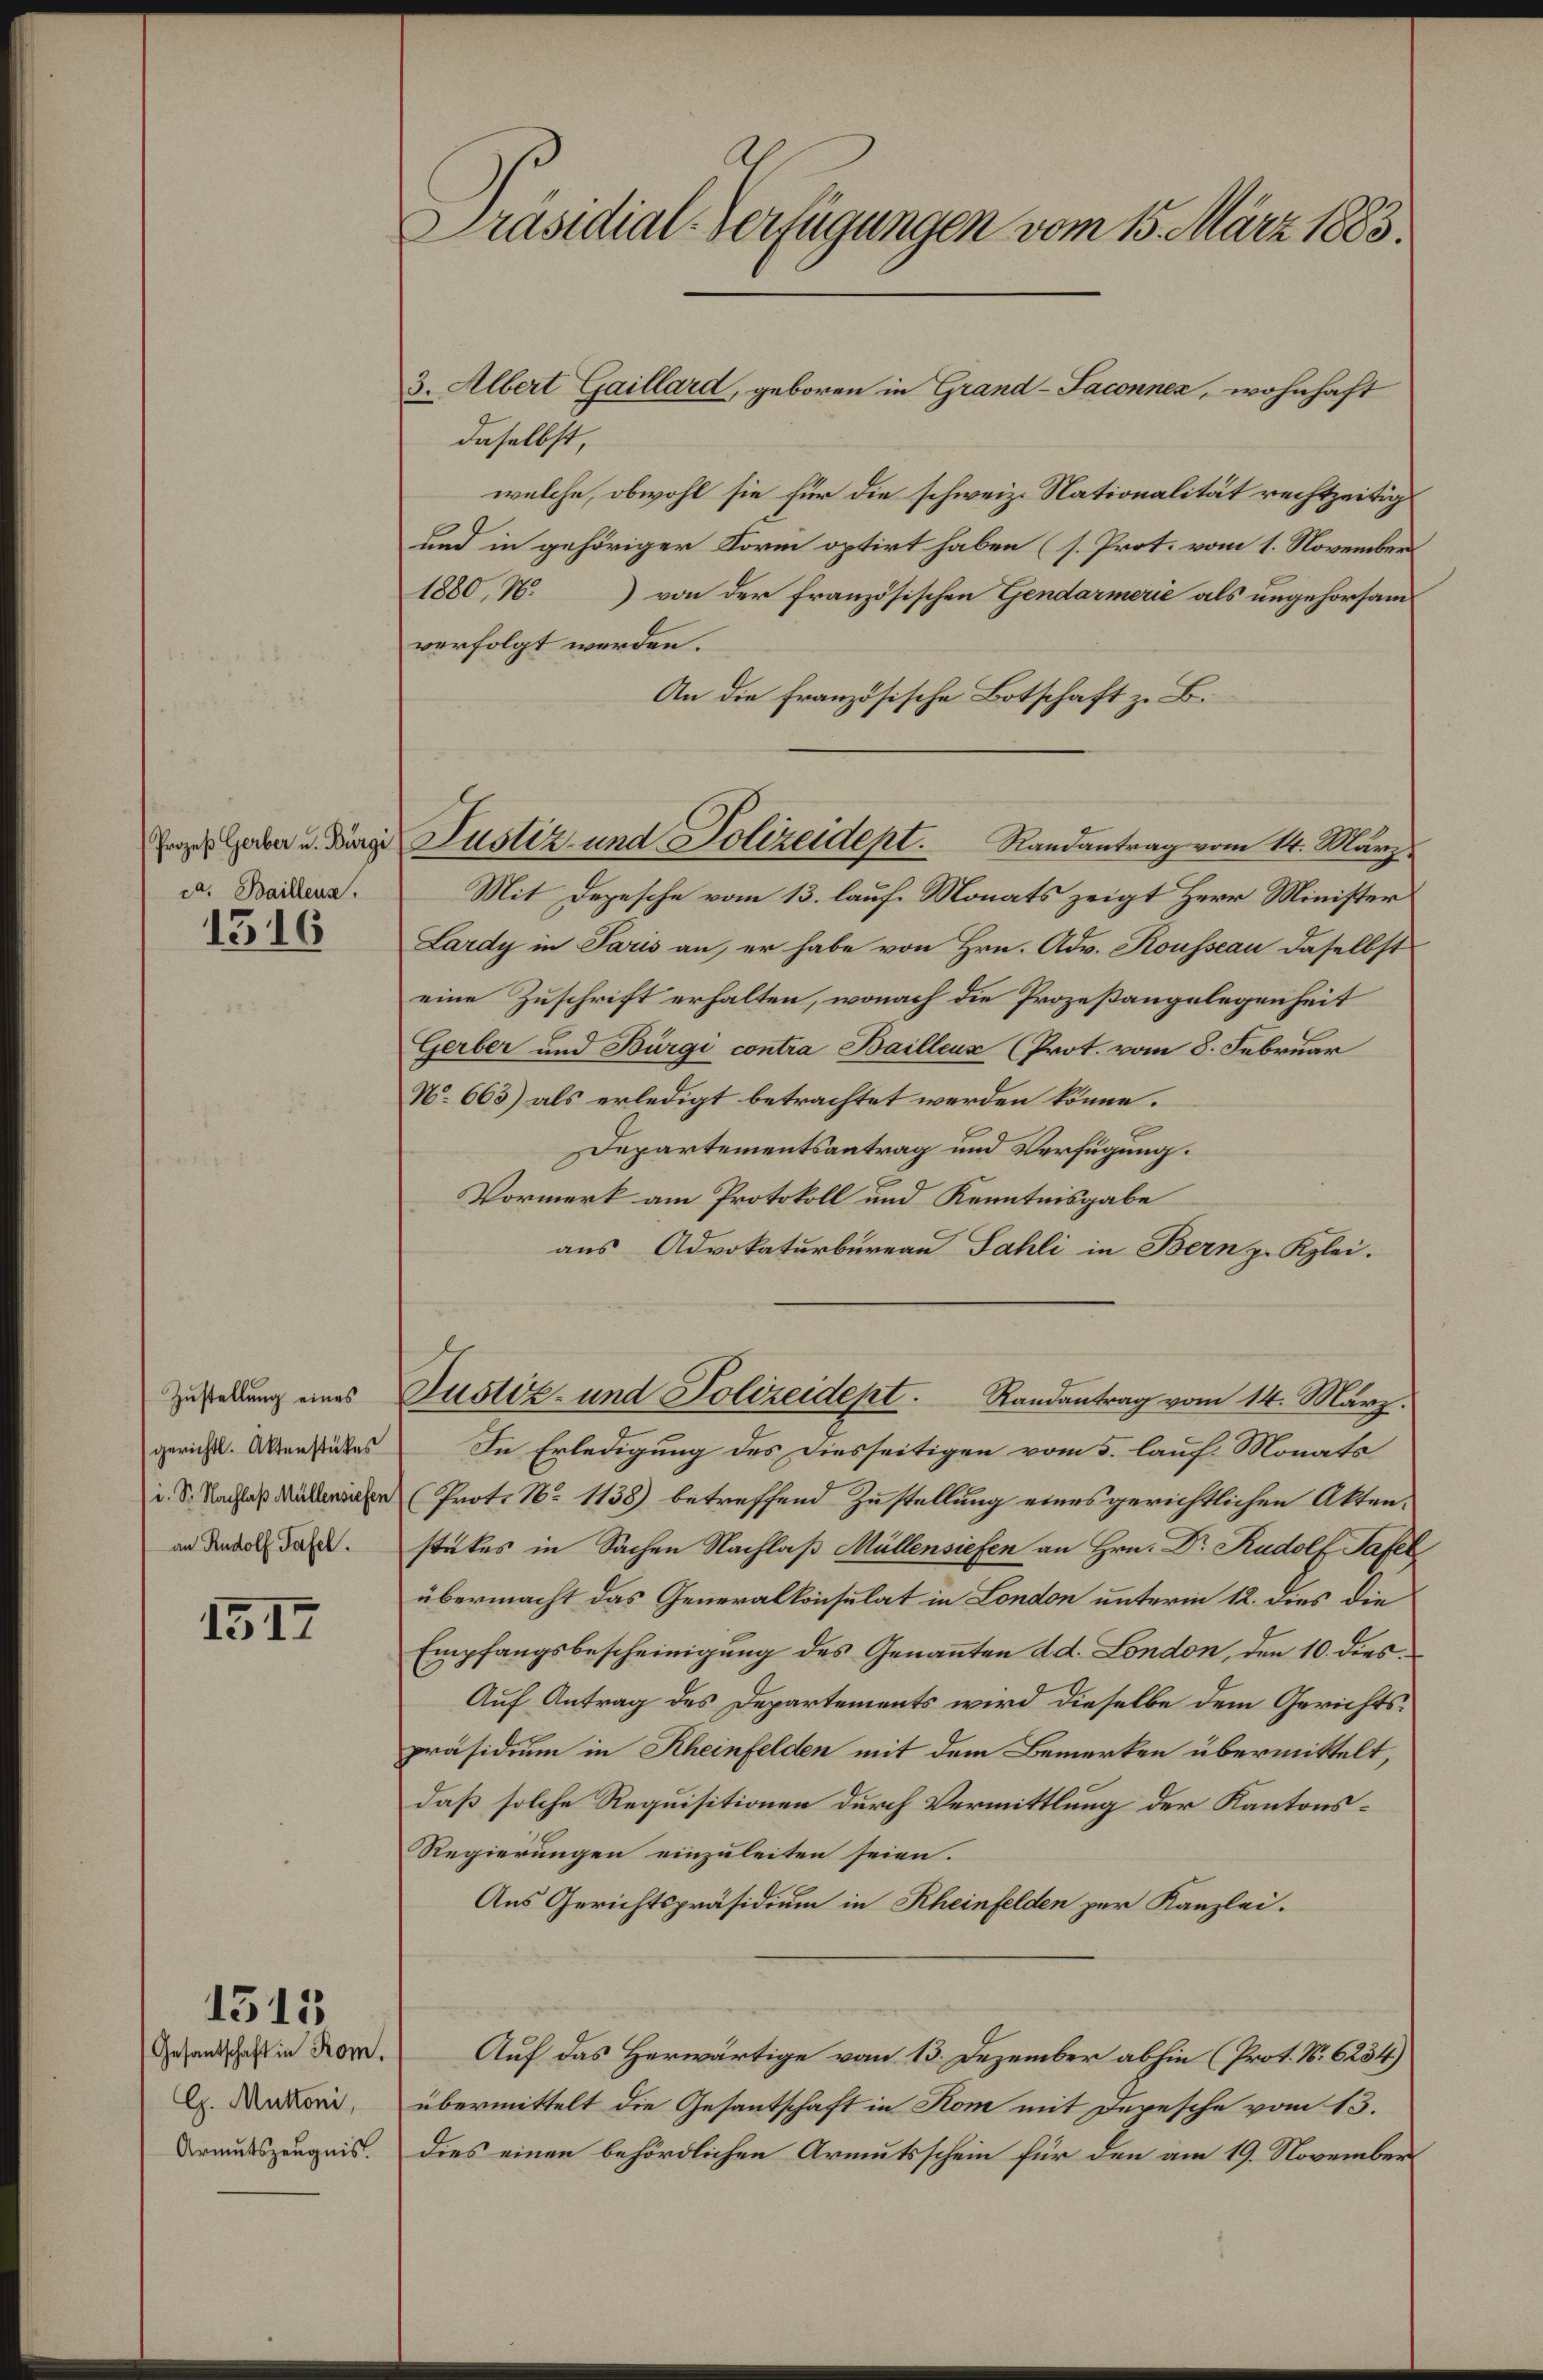
ca. Baillens.

1316

gerichtl. Aktenstückes
i. S. Nachlaß Müllensiehen

1517

1515

Gesandschaft in Rom.
G. Muttoni,
Armutszeugnis.

Präsidial-Verfügungen vom 15. März 1883.

daselbst,
welche, obwohl sie für die schweiz. Nationalität rechtzeitig
und in gehöriger Form optirt haben (s. Prot. vom 1. November
1880, N. von der französischen Gendarmerie als ungehorsam
verfolgt werden.
An die französische Botschaft z. B.
Mit Depesche vom 13. lauf. Monats zeigt Herr Minister
Lardy in Paris an, er habe von Hrn. Adv. Kousseau daselbst
eine Zuschrift erhalten, wonach die Prozeßangelegenheit
Gerber und Bürgi contra Bailleux (Prot. vom 8. Februar
N. 663) als erledigt betrachtet werden könne.
Departementsantrag und Verfügung.
Vormerk am Protokoll und Kenntnisgabe
aus Advokaturbureau Sahli in Bern z. Kzlei-
zuredung eines Justiz- und Polizeidept. Randantrag vom 14. März.
In Erledigung des Diesseitigen vom 5. lauf Monats
Prot. No 1138) betreffend Zustellung eines gerichtlichen Aktenan Tadel das stückes in Sachen Nachlaß Müllensiefen an Hrn. Dr. Rudolf Tafer
übermacht das Generalkonsulat in London unterm 12. dies die
Empfangsbescheinigung des Genannten d. d. London, den 10. dies¬
Auf Antrag des Departements wird dieselbe dem Gerichtspräsidium in Rheinfelden mit dem Bemerken übermittelt,
daß solche Requisitionen durch Vermittlung der Kantons¬
Regierungen einzuleiten seien.
Aus Gerichtspräsidium in Rheinfelden zur Kanzlei.
Auf das Herwärtige vom 13. Dezember abhin (Prot. No. 6234)
übermittelt die Gesantschaft in Kom mit Depesche vom 13.
dies einen behördlichen Armutsschein für den am 19. November

3. Albert Gaillard, geboren in Grand-Saconnen, wohnhaft

Erzes haben u. Junge Justiz- und Polizeidept. Randantrag vom 14. März